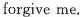
forgive me.